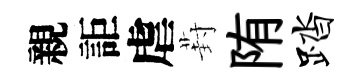
親詎虐葑陏踏